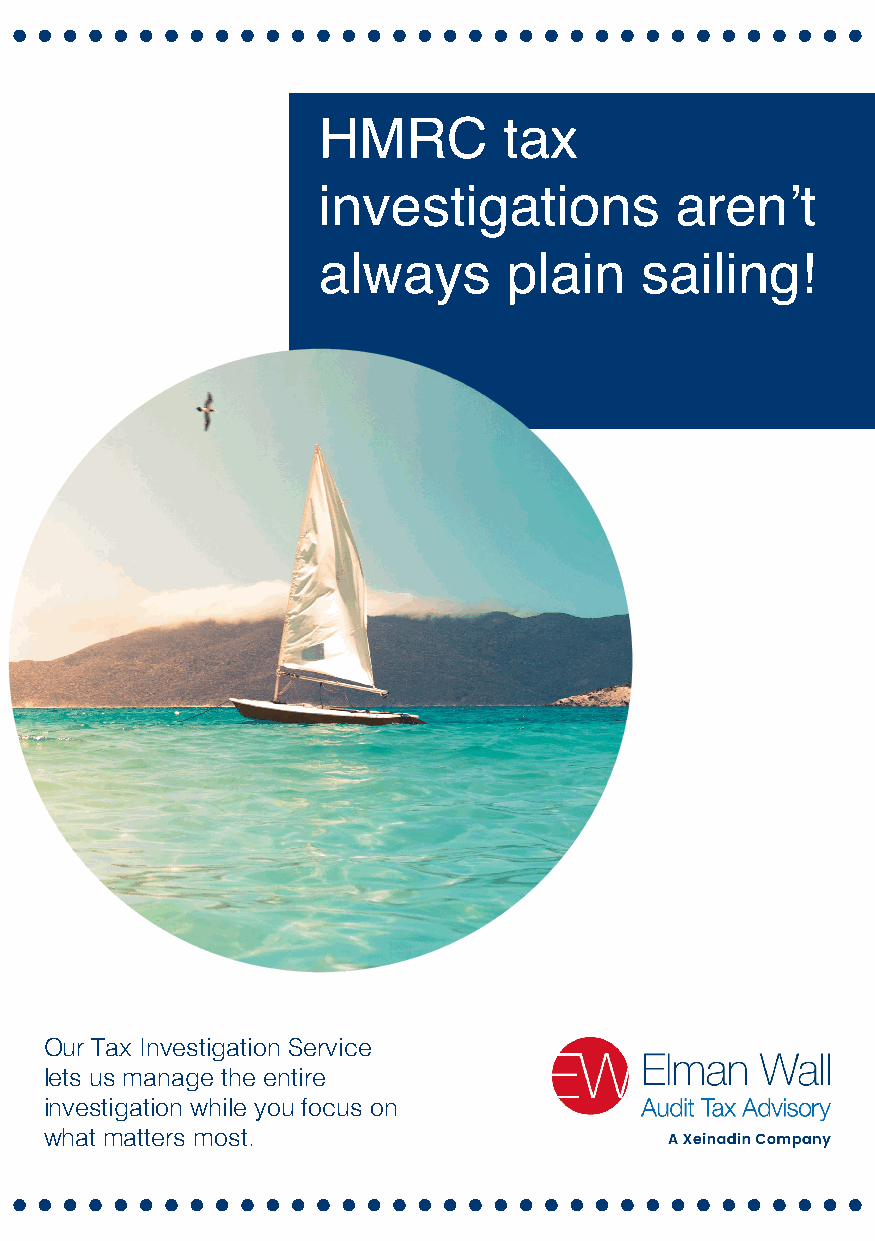
HMRC        tax
 investigations          aren’t
 always      plain    sailing!
 Our Tax Investigation Service
 lets us manage the entire
 investigation while you focus on
 what matters most.